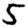
Digit: 5